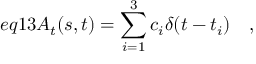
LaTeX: e q 1 3 A _ { t } ( s , t ) = \sum _ { i = 1 } ^ { 3 } c _ { i } \delta ( t - t _ { i } ) \quad ,